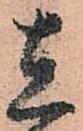
在